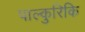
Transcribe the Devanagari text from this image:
पाल्कुरिकि